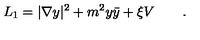
L _ { 1 } = | \nabla y | ^ { 2 } + m ^ { 2 } y \bar { y } + \xi V \qquad .